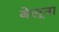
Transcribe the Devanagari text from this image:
बेलूना